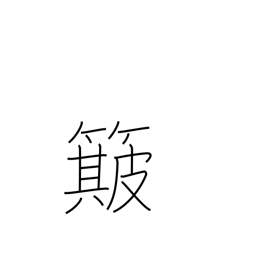
Meaning: winnow